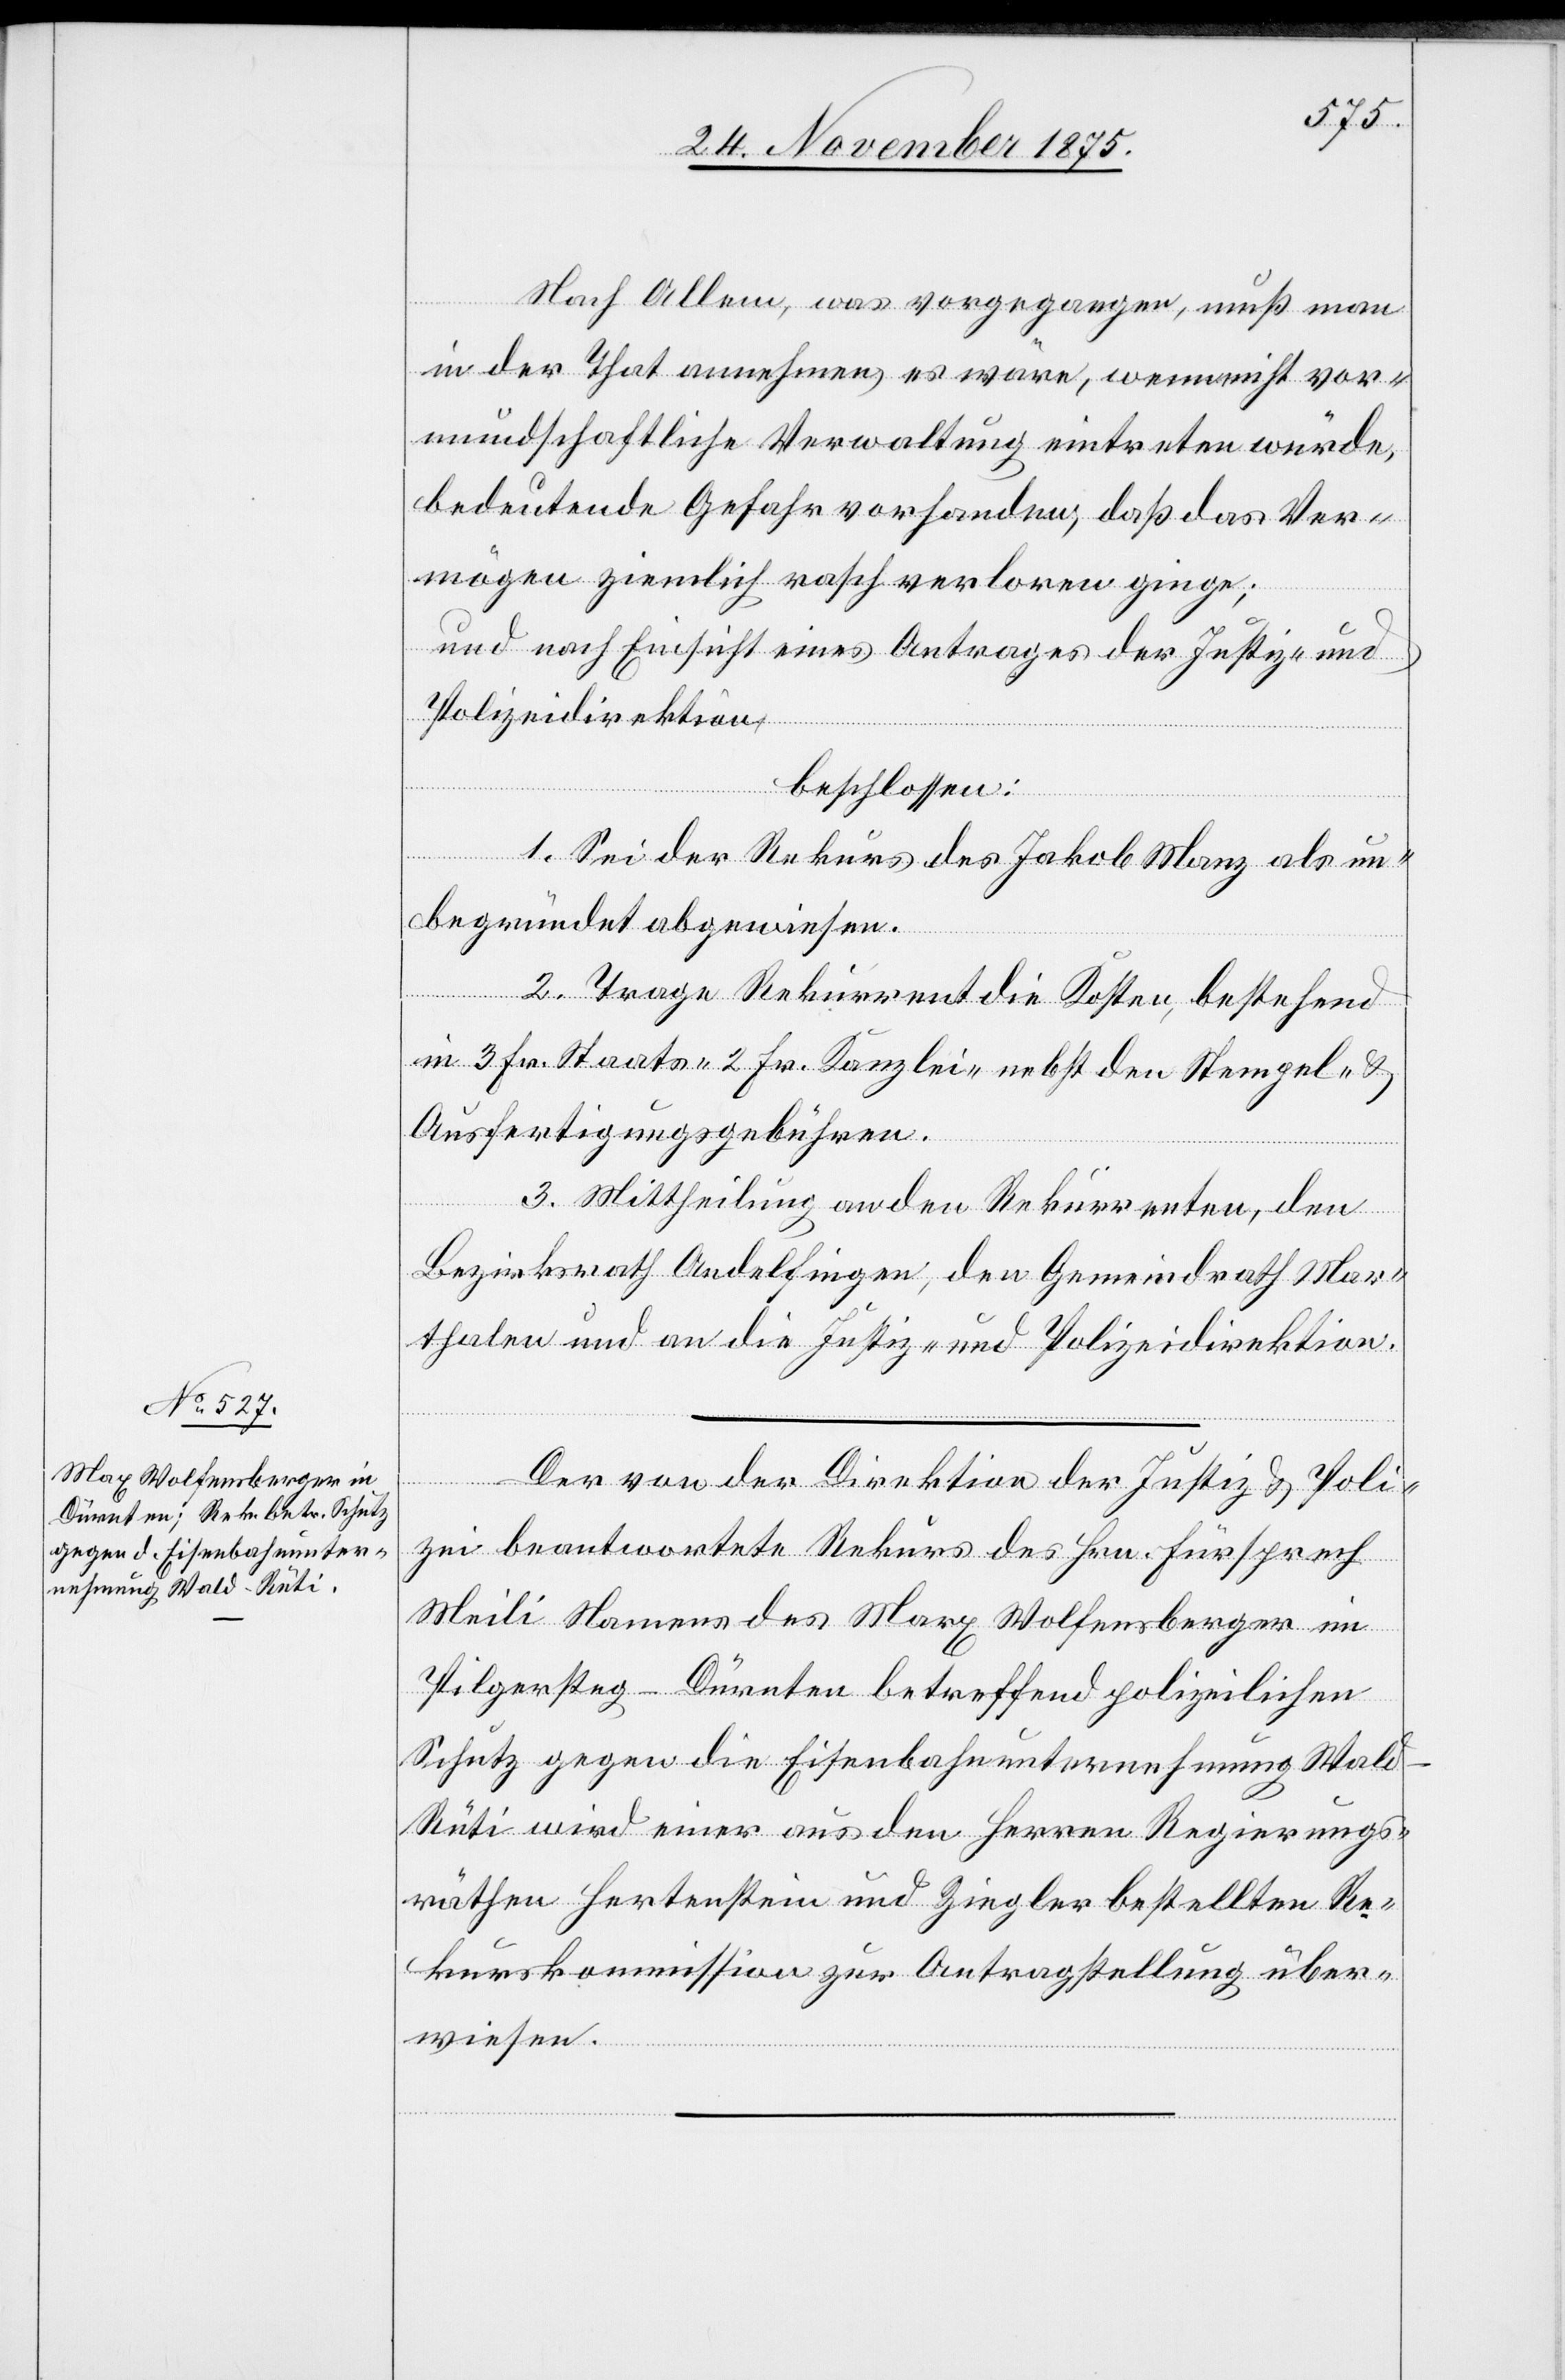
Nach Allem, was vorgegangen, muß man
in der That annehmen, es wäre, wenn nicht vor¬
mundschaftliche Verwaltung eintreten würde,
bedeutende Gefahr vorhanden, daß das Ver¬
mögen ziemlich rasch verloren ginge;
und nach Einsicht eines Antrages der Justiz- und
Polizeidirektion,
beschlossen:
1. Sei der Rekurs des Jakob Manz als un¬
begründet abgewiesen.
2. Trage Rekurrent die Kosten, bestehend
in 3 Fr. Staats-[,] 2 Fr. Kanzlei- nebst den Stempel- &
Ausfertigungsgebühren.
3. Mittheilung an den Rekurrenten, den
Bezirksrath Andelfingen, den Gemeindrath Mar¬
thalen und an die Justiz- und Polizeidirektion.
Der von der Direktion der Justiz & Poli¬
zei beantwortete Rekurs des Hrn. Fürsprech
Meili Namens des Marx [sic!] Wolfensberger im
Pilgersteg - Dürnten betreffend polizeilichen
Schutz gegen die Eisenbahnunternehmung Wal¬
d–Rüti wird einer aus den Herren Regierungs¬
räthen Hertenstein und Ziegler bestellten Re¬
kurskommission zur Antragstellung über¬
wiesen.